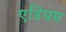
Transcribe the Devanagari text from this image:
एडियम